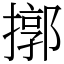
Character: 㨯